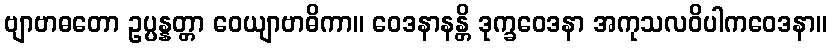
ဗျာဗာဓတော ဥပ္ပန္နတ္တာ ဝေယျာဗာဓိကာ။ ဝေဒနာနန္တိ ဒုက္ခဝေဒနာ အကုသလဝိပါကဝေဒနာ။